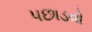
પછાડવો